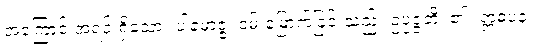
အကြောင်းအရင်းရှိသော။ ပါမောဇ္ဇံ၊ ဝမ်းမြောက်ခြင်းသည်။ ဥပ္ပဇ္ဇတိ၊ ၏။ ဣဓပန၊